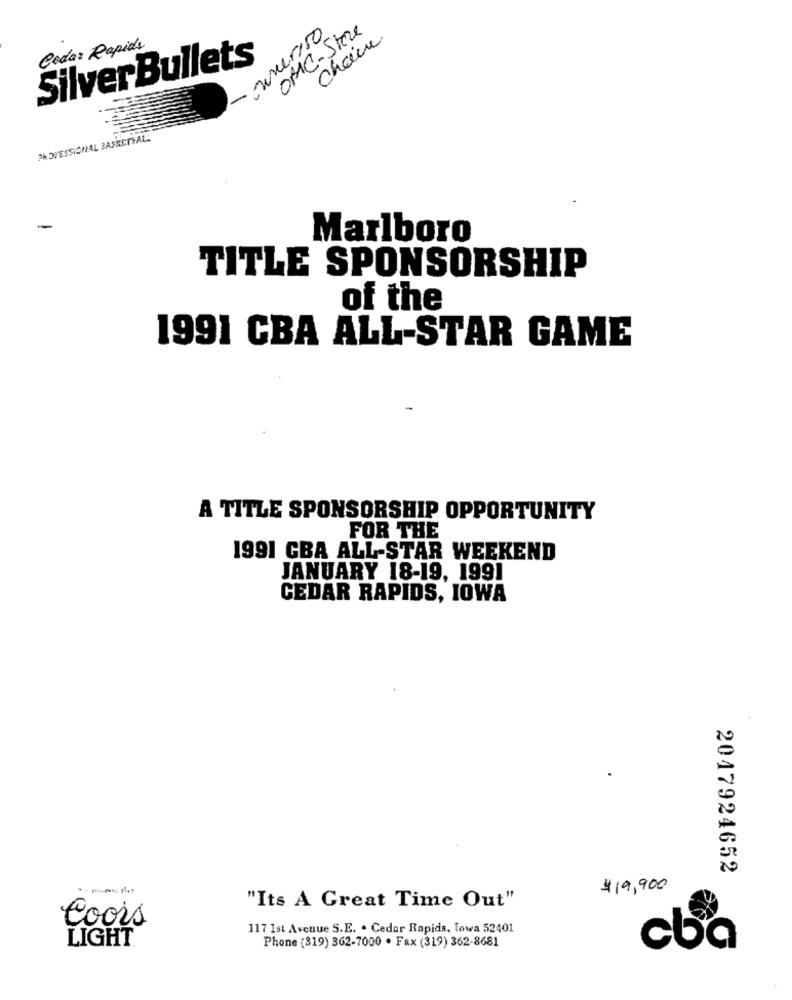
- nuerso
OMIC-Store
Cedar Rapids
SilverBullets
PROFESSIONAL BASKETSALL
Marlboro
TITLE SPONSORSHIP
of the
1991 CBA ALL-STAR GAME
A TITLE SPONSORSHIP OPPORTUNITY
FOR THE
1991 GBA ALL-STAR WEEKEND
JANUARY 18-19, 1991
CEDAR RAPIDS, IOWA
2017924652
$19,900
"Its A Great Time Out"
Coois
117 Ist Avenue S.E. . Cedar Rapids, Towa 52401
LIGHT
cba
Phone (319) 362-7000 . Fax (319) 362-8681